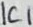
Text: IC1